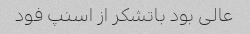
عالی بود باتشکر از اسنپ فود